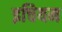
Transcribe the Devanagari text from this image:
इचियम